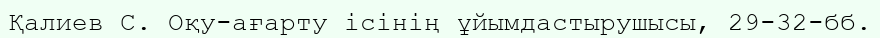
Қалиев С. Оқу-ағарту ісінің ұйымдастырушысы, 29-32-бб.